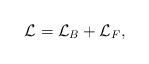
LaTeX: \begin{align*}{\cal L} = {\cal L}_{B} + {\cal L}_{F}, \end{align*}